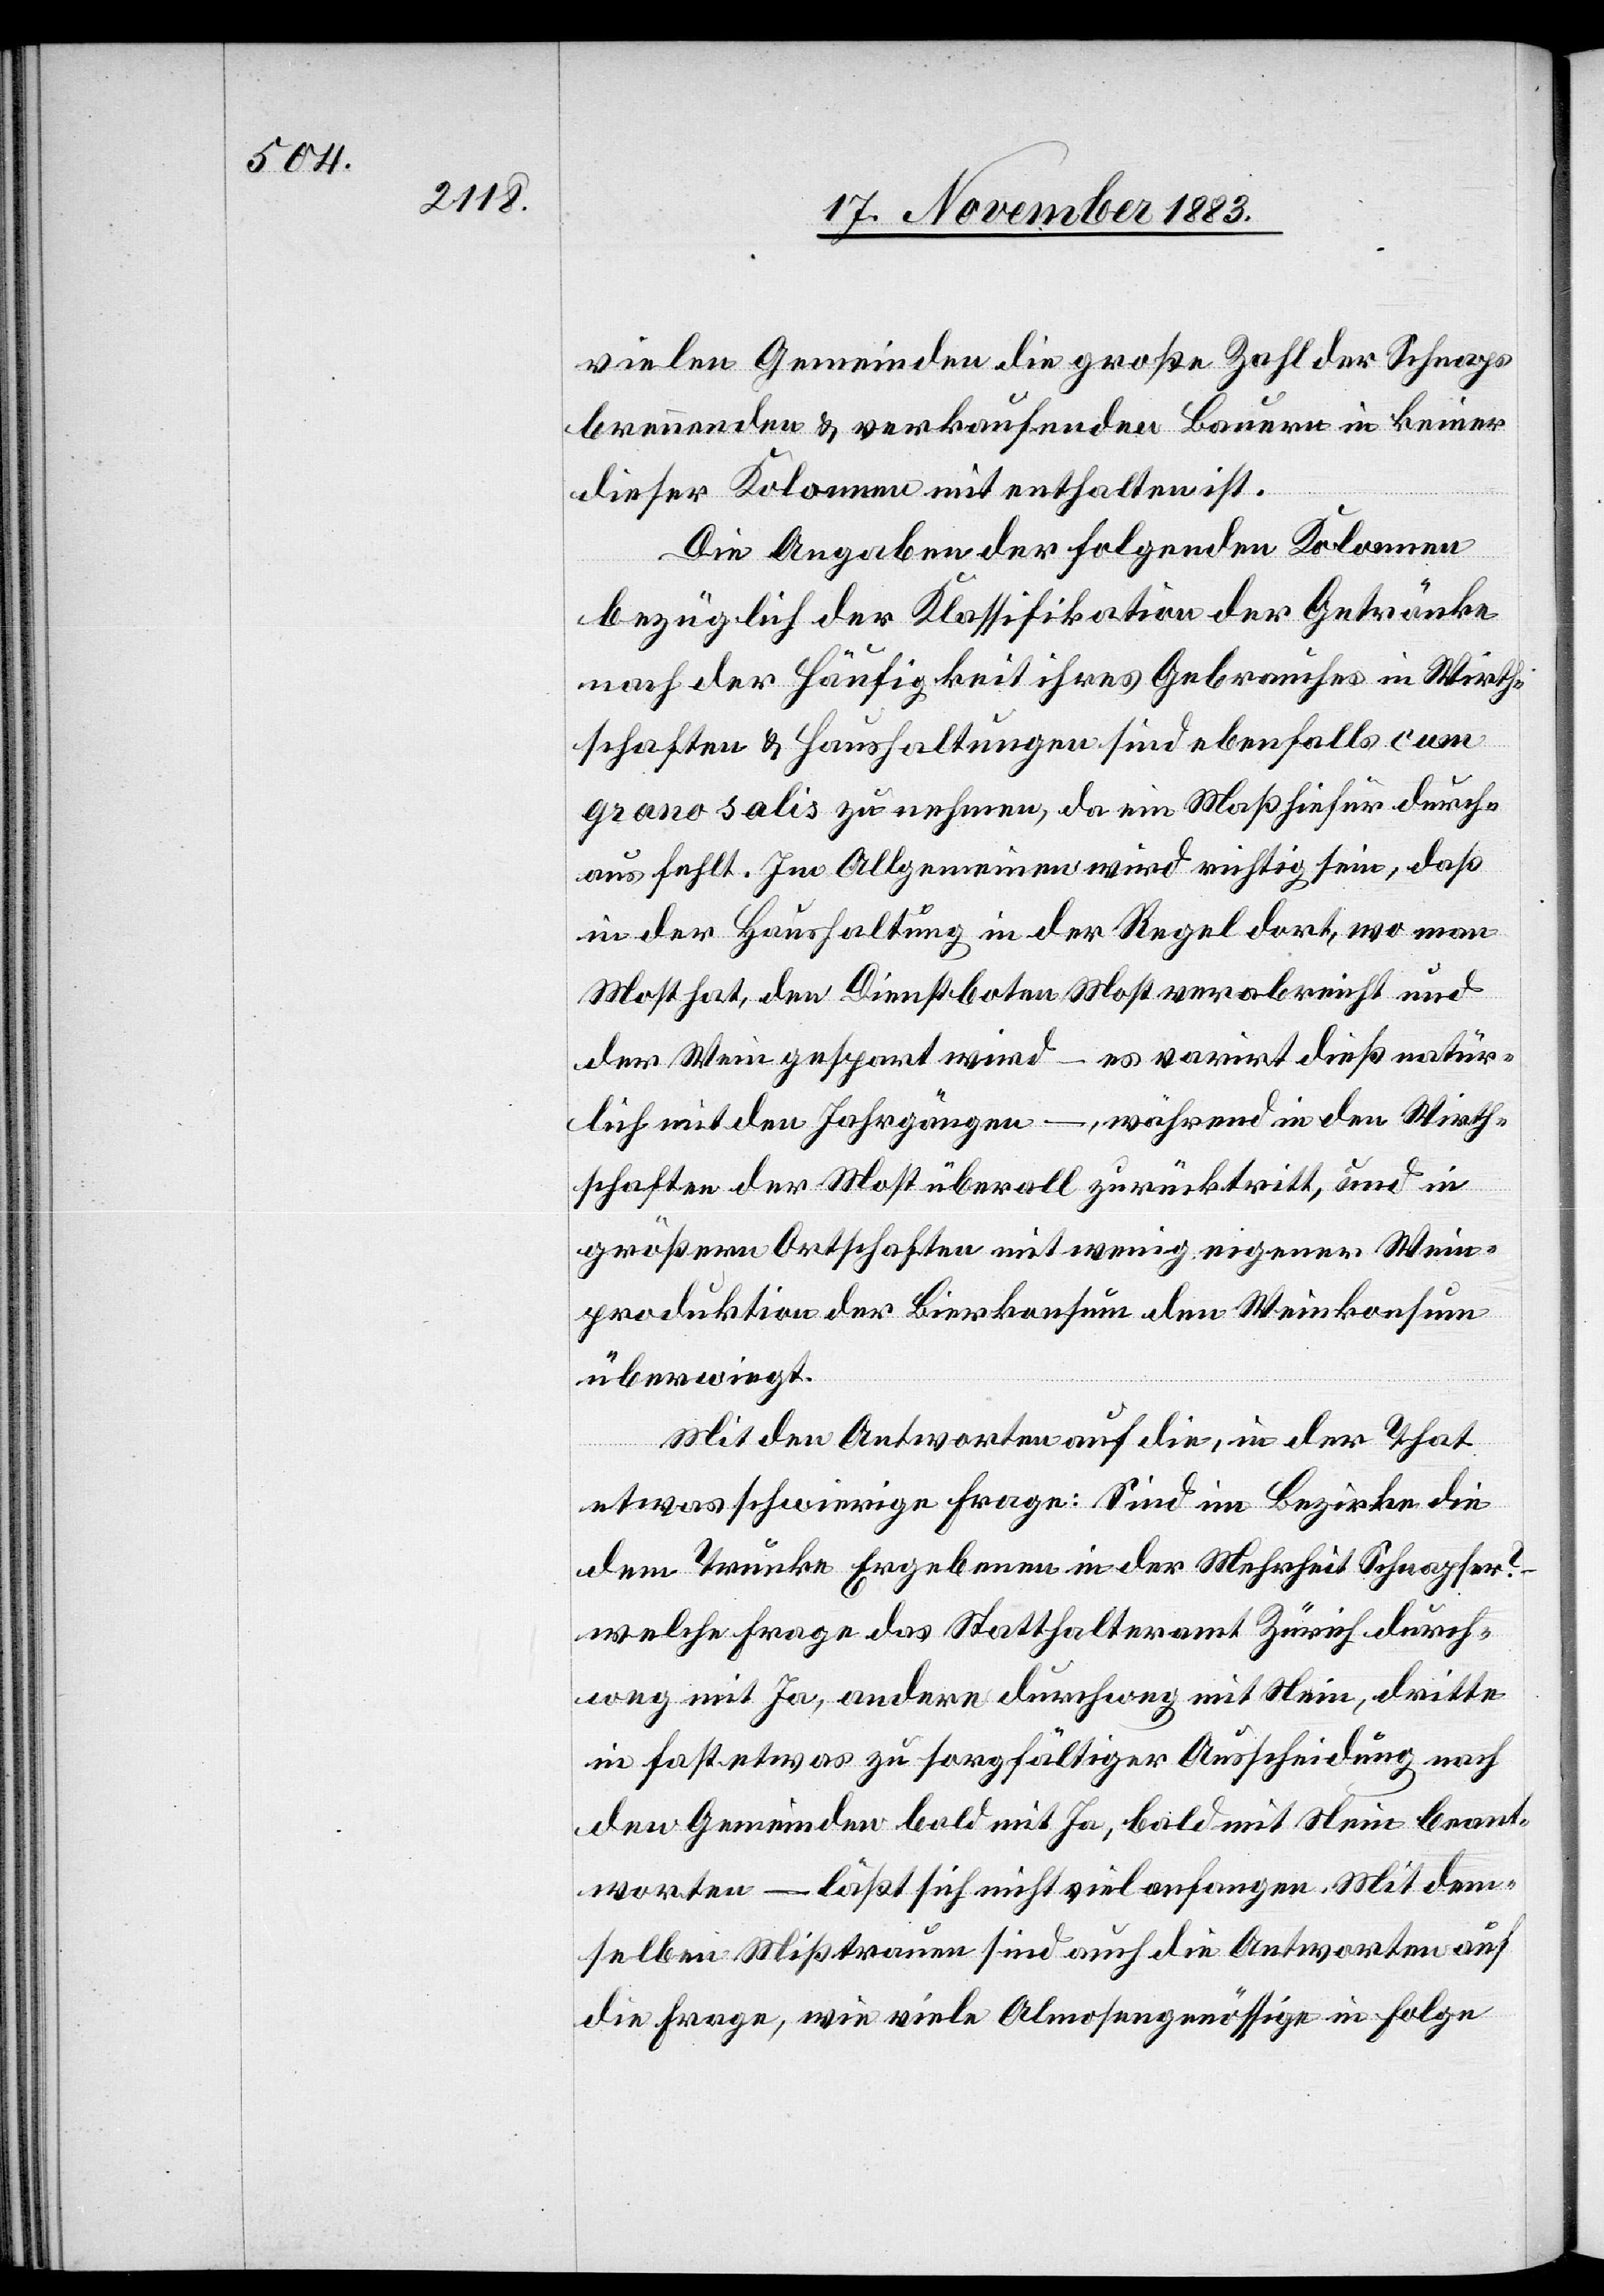
vielen Gemeinden die große Zahl der Schnaps
brennenden & verkaufenden Bauern in keiner
dieser Kolonnen mit enthalten ist.
Die Angaben der folgenden Kolonnen
bezüglich der Klassifikation der Getränke
nach der Häufigkeit ihres Gebrauches in Wirth¬
schaften & Haushaltungen sind ebenfalls cum
grano salis zu nehmen, da ein Maß hierfür durch¬
aus fehlt. Im Allgemeinen wird richtig sein, daß
in der Haushaltung in der Regel dort wo man
Most hat, den Dienstboten Most verabreicht und
der Wein gespart wird – es varirt dieß natür¬
lich mit den Jahrgängen –, während in den Wirth¬
schaften der Most überall zurücktritt, und in
größern Ortschaften mit wenig eigener Wein¬
produktion der Bierkonsum den Weinkonsum
überwiegt.
Mit den Antworten auf die, in der That
etwas schwierige Frage: Sind im Bezirke die
dem Trunke Ergebenen in der Mehrheit Schnapser?
welche Frage das Statthalteramt Zürich durch¬
weg mit Ja, andere durchweg mit Nein beant¬
worten – läßt sich nicht viel anfangen. Mit dem¬
selben Mißtrauen sind auch die Antworten auf
die Frage, wie viele Almosengenössige in Folge